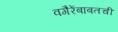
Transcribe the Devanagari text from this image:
वगैरेंबाबतची